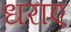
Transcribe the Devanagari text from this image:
धराए